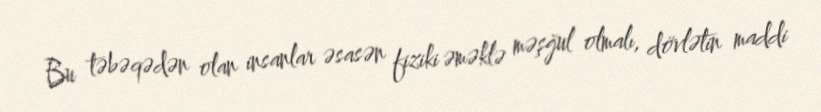
Bu təbəqədən olan insanlar əsasən fiziki əməklə məşğul olmalı, dövlətin maddi